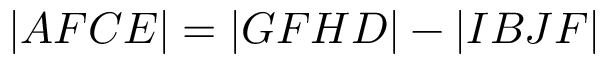
| A F C E | = | G F H D | - | I B J F |